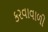
કરવાવાળી